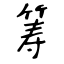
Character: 筹